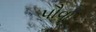
પૌવા